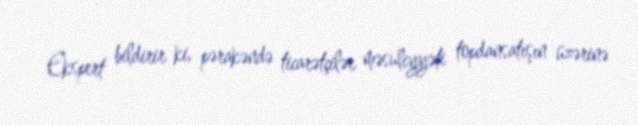
Ekspert bildirir ki, pərakəndə ticarətçilər məsuliyyəti topdansatışın üzərinə